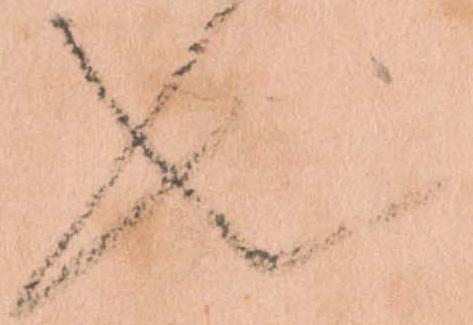
也